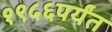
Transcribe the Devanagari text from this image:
१९५६पर्यंत